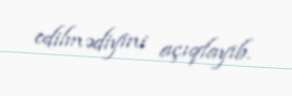
edilmədiyini açıqlayıb.